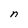
Character: n